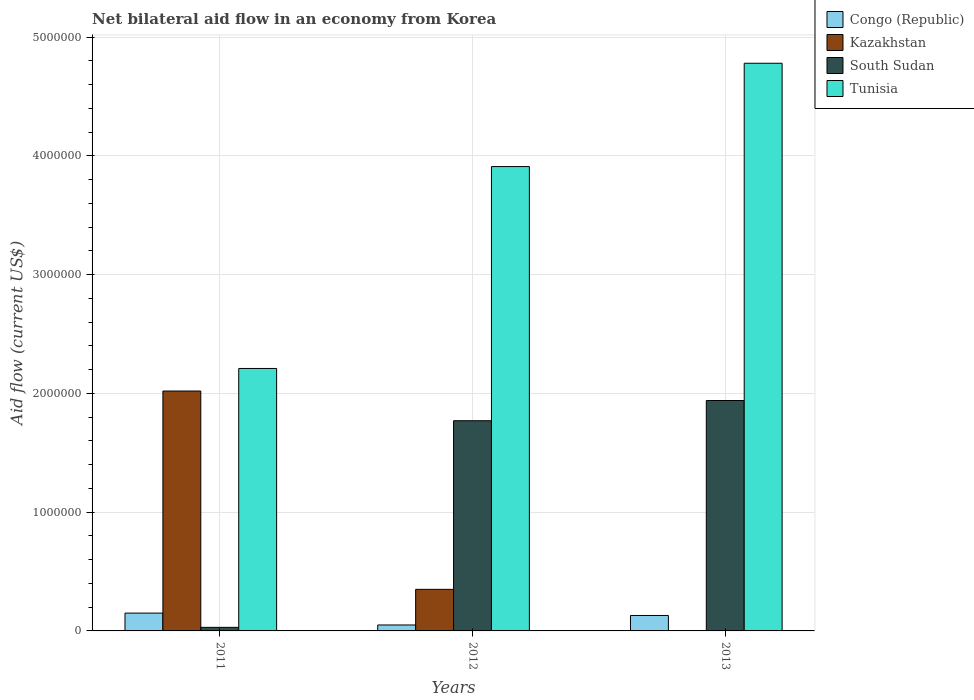
| Years | Congo (Republic) | Kazakhstan | South Sudan | Tunisia |
 | --- | --- | --- | --- | --- |
 | 2011 | 1.5e+05 | 2.02e+06 | 3e+04 | 2.21e+06 |
 | 2012 | 5e+04 | 3.5e+05 | 1.77e+06 | 3.91e+06 |
 | 2013 | 1.3e+05 | -2.1e+05 | 1.94e+06 | 4.78e+06 |